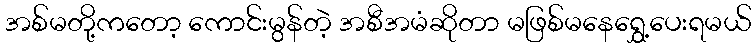
အစ်မတို့ကတော့ ကောင်းမွန်တဲ့ အစီအမံဆိုတာ မဖြစ်မနေရွှေ့ပေးရမယ်